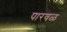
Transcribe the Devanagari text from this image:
पारवळ